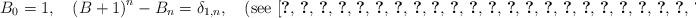
LaTeX: \begin{align*}B_{0}=1,\quad\left(B+1\right)^{n}-B_{n}=\delta_{1,n},\quad\mbox{(see \cite{key-1,key-2,key-3,key-4,key-5,key-6,key-7,key-8,key-9,key-10,key-11,key-12,key-13,key-14,key-15,key-16,key-17,key-18,key-19,key-20,key-21,key-22,key-23,key-24,key-25,key-26,key-27})}\end{align*}